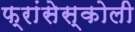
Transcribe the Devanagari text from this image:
फ्रांसेस्कोली